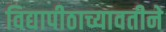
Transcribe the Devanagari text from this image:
विद्यापीठाच्यावतीने